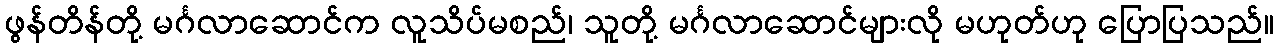
ဖွန်တိန်တို့ မင်္ဂလာဆောင်က လူသိပ်မစည်၊ သူတို့ မင်္ဂလာဆောင်များလို မဟုတ်ဟု ပြောပြသည်။